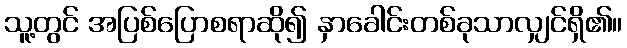
သူ့တွင် အပြစ်ပြောစရာဆို၍ နှာခေါင်းတစ်ခုသာလျှင်ရှိ၏။